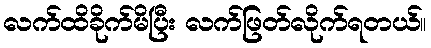
လက်ထိခိုက်မိပြီး လက်ဖြတ်လိုက်ရတယ်။